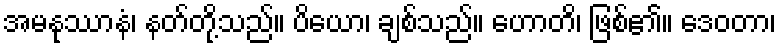
အမနုဿာနံ၊ နတ်တို့သည်။ ပိယော၊ ချစ်သည်။ ဟောတိ၊ ဖြစ်၏။ ဒေဝတာ၊